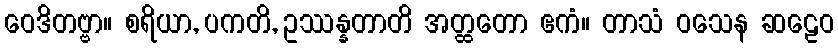
ဝေဒိတဗ္ဗာ။ စရိယာ, ပကတိ, ဥဿန္နတာတိ အတ္ထတော ဧကံ။ တာသံ ဝသေန ဆဠေဝ